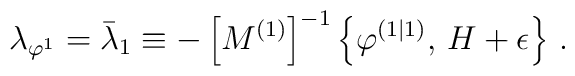
\lambda_{\varphi^{1}}=\bar{\lambda}_{1}\equiv-\left[  M^{\left(  1\right)}\right]  ^{-1}\left\{  \varphi^{\left(  1|1\right)  },\,H+\epsilon\right\}\,.